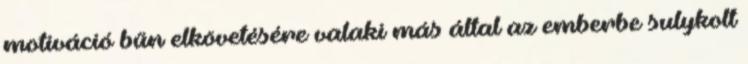
motiváció bűn elkövetésére valaki más által az emberbe sulykolt